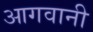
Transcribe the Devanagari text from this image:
आगवानी